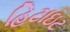
હિટાઇટ